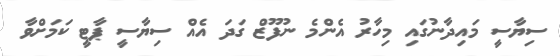
ސިޔާސީ މައިދާނުގައި މިހާރު އެންމެ ނުފޫޒް ގަދަ އެއް ސިޔާސީ ޕާޓީ ކަމަށްވާ